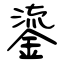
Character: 鎏